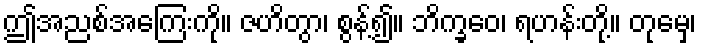
ဤအညစ်အကြေးကို။ ဇဟိတွာ၊ စွန့်၍။ ဘိက္ခဝေ၊ ရဟန်းတို့။ တုမှေ၊